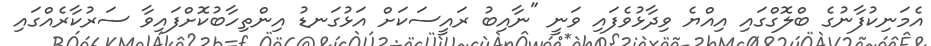
އެމަނިކުފާނުގެ ބްލޮގްގައި އިއްޔެ ވިދާޅުވެފައި ވަނީ "ނާއިބު ރައީސަކަށް އަޅުގަނޑު އިންތިހާބުކޮށްފައިވާ ސަރުކާރެއްގައި